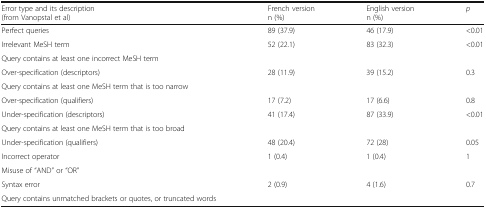
<table><thead><tr><td><b>Error type and its description (from Vanopstal et al)</b></td><td><b>French versionn (%)</b></td><td><b>English versionn (%)</b></td><td><b><i>p</i></b></td></tr></thead><tbody><tr><td>Perfect queries</td><td>89 (37.9)</td><td>46 (17.9)</td><td>&lt;0.01</td></tr><tr><td>Irrelevant MeSH term</td><td>52 (22.1)</td><td>83 (32.3)</td><td>&lt;0.01</td></tr><tr><td>Query contains at least one incorrect MeSH term</td><td></td><td></td><td></td></tr><tr><td>Over-specification (descriptors)</td><td>28 (11.9)</td><td>39 (15.2)</td><td>0.3</td></tr><tr><td>Query contains at least one MeSH term that is too narrow</td><td></td><td></td><td></td></tr><tr><td>Over-specification (qualifiers)</td><td>17 (7.2)</td><td>17 (6.6)</td><td>0.8</td></tr><tr><td>Under-specification (descriptors)</td><td>41 (17.4)</td><td>87 (33.9)</td><td>&lt;0.01</td></tr><tr><td>Query contains at least one MeSH term that is too broad</td><td></td><td></td><td></td></tr><tr><td>Under-specification (qualifiers)</td><td>48 (20.4)</td><td>72 (28)</td><td>0.05</td></tr><tr><td>Incorrect operator</td><td>1 (0.4)</td><td>1 (0.4)</td><td>1</td></tr><tr><td>Misuse of “AND” or “OR”</td><td></td><td></td><td></td></tr><tr><td>Syntax error</td><td>2 (0.9)</td><td>4 (1.6)</td><td>0.7</td></tr><tr><td>Query contains unmatched brackets or quotes, or truncated words</td><td></td><td></td><td></td></tr></tbody></table>